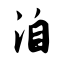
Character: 洎